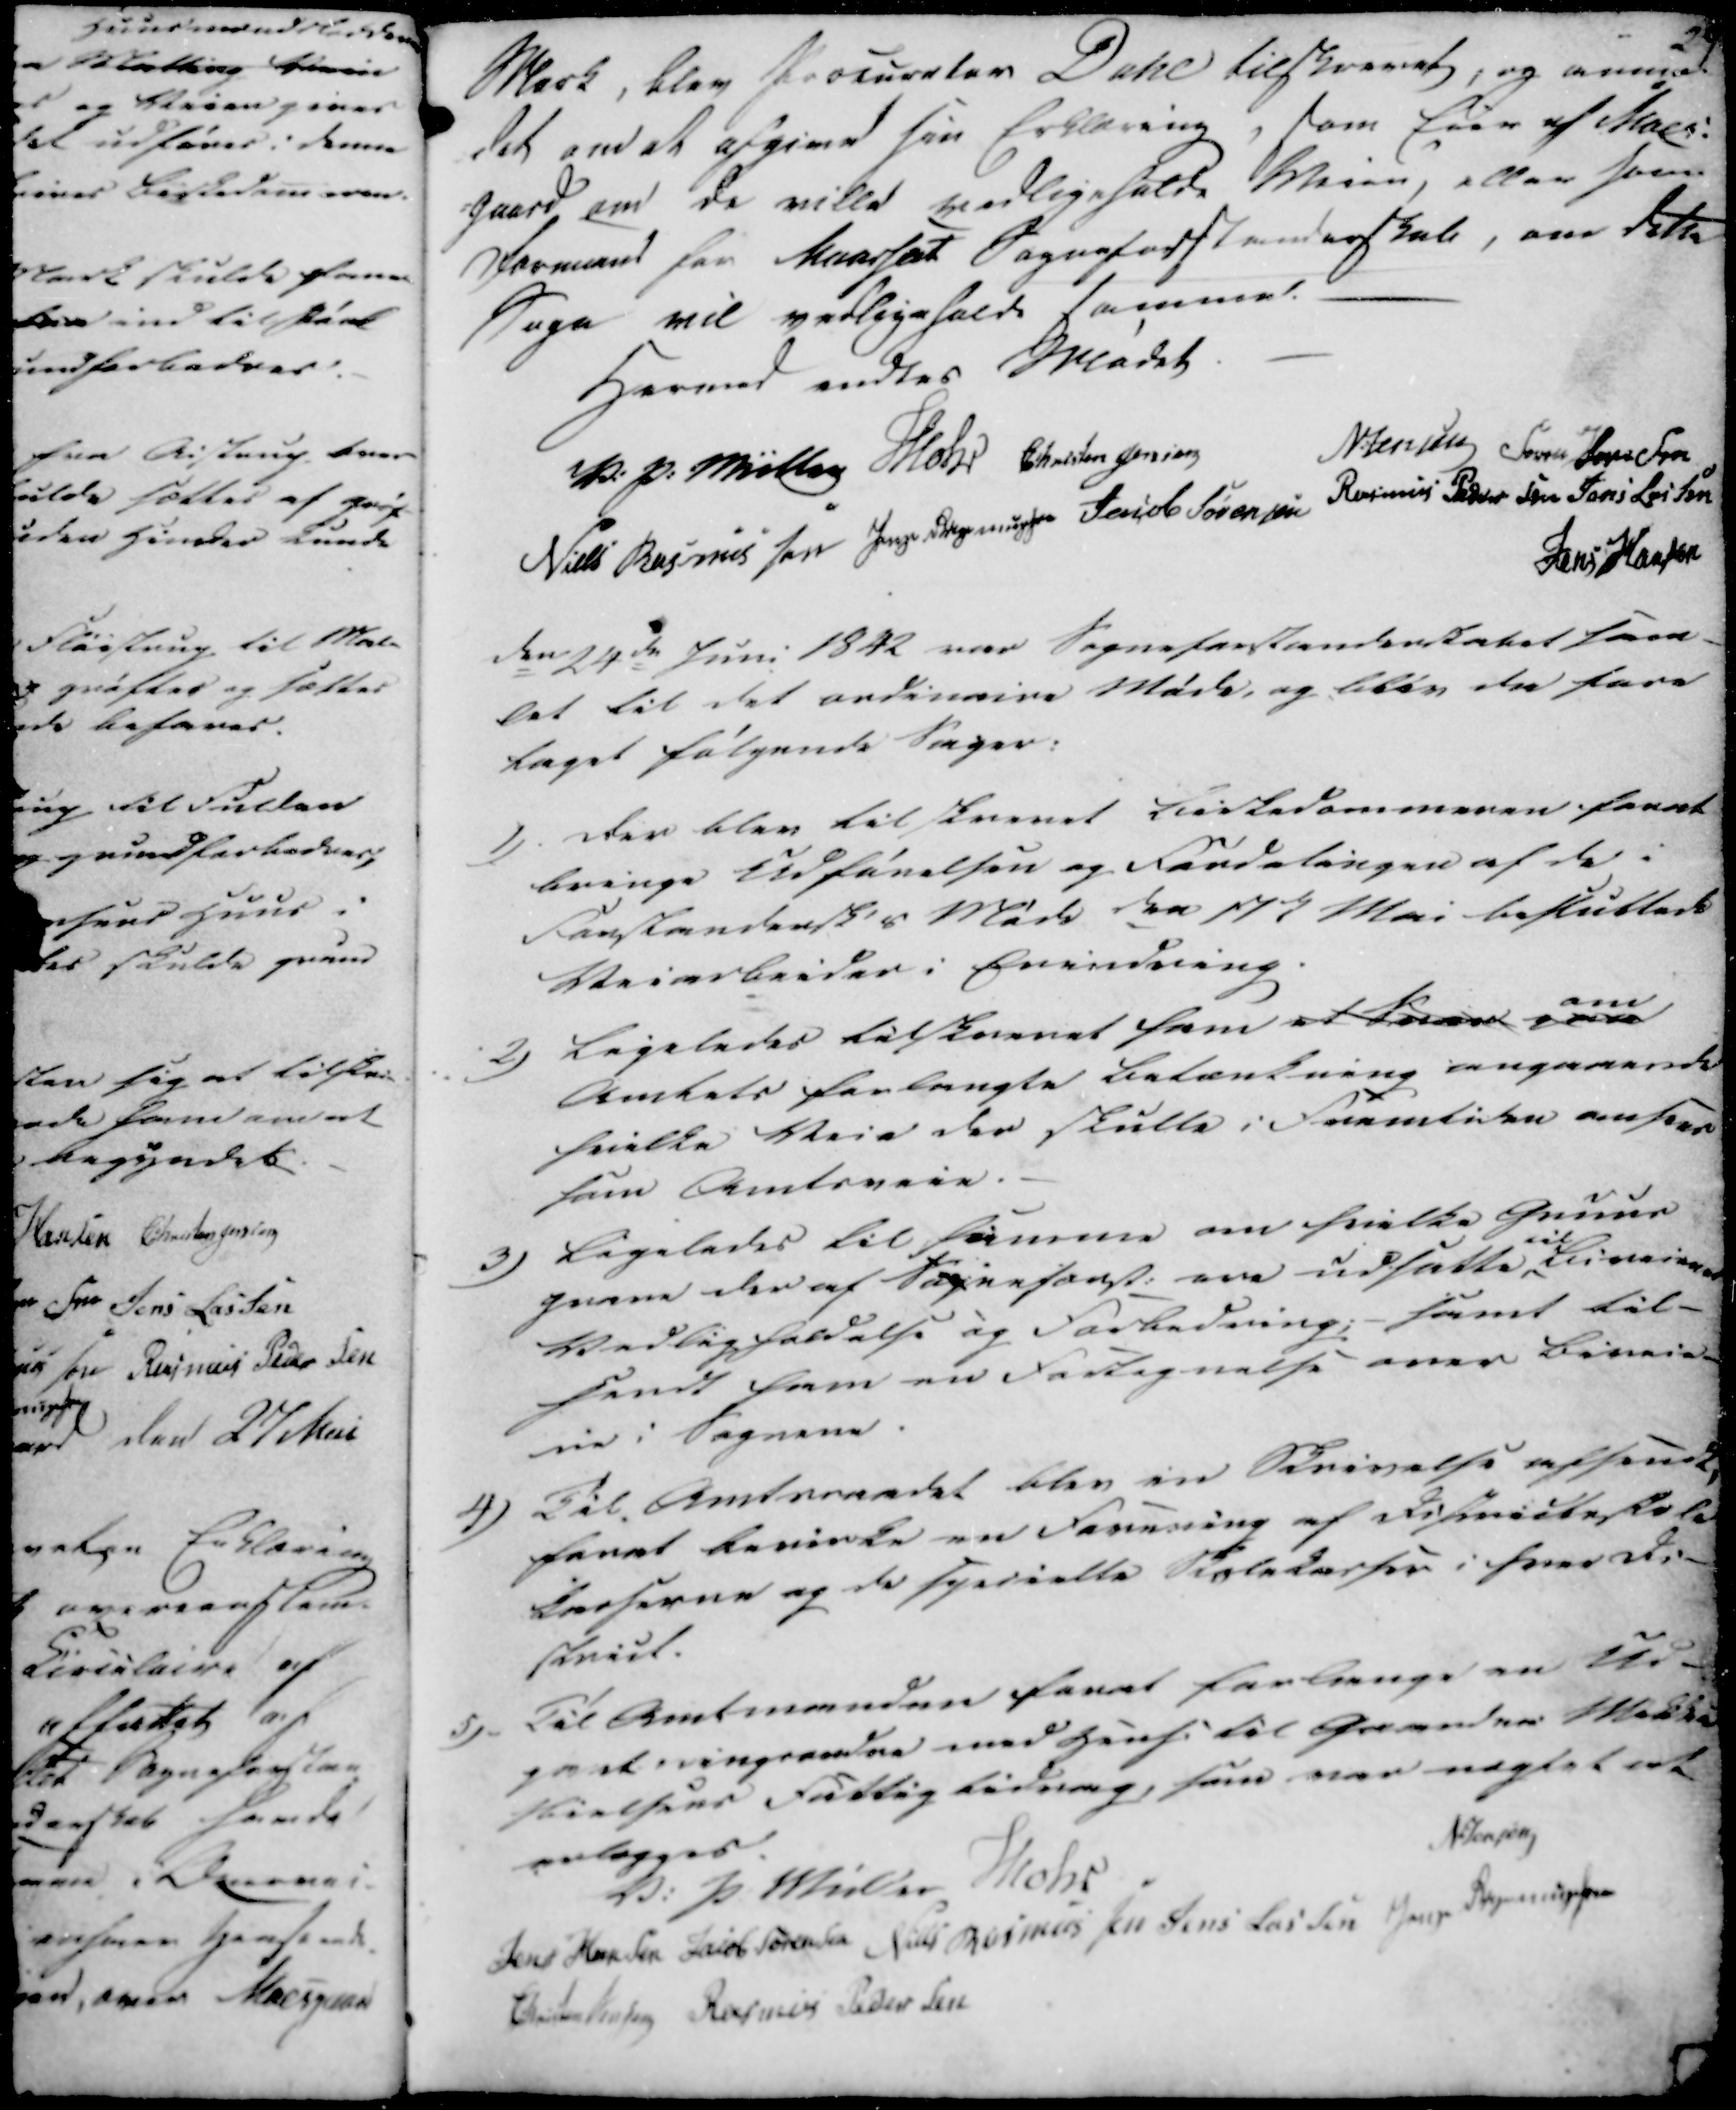
Transskription:
Mark, blev Procurator Dahl tilskrevet, og anmo-
det om at afgive sin Erklæring, som Eier af Moes-
gaard om de ville vedligeholde Veien, eller som 
formand for Maarslet Sogneforstanderskab, om dette
Sogn vil vedligeholde samme.
Hermed endtes Mødet.

V: P: Müller
Mohr
Christen Jensen
N:Jensen
Søren Hansen
Niels Rasmussen
Jens Rasmussen
Jacob Sørensen
Rasmus Pedersen
Jens Lassen
Jens Hansen

den 24de Juni 1842 var Sogneforstanderskabet sam-
let til det ordinaire Møde, og blev da fore
taget følgende Sager:

1)
Der blev tilskrevet Kirkedommeren forat
bringe Udførelsen af Fordelingen af de i
Forstandersk's Møde den 17de Mai besluttede
Veiarbeider i Erindring.

2)
Ligeledes tilskevet ham et Svar paa om
Amtets forlangte betænkning angaaende
hvilke Veie der skulle i Fremtiden anses
som Amtsveie.

3)
Ligeledes til samme om hvilke Gnuur
grene der af Sogneforst: ere udsatte til Biveienes
Vedligholdelse og Forbedring; samt til-
sendt ham en Fortegnelse over Biveie-
ne i Sognene.

4)
Til Amtsraadet blev en Skrivelse afsendt,
forat bevirke en Forening af Districtskole
teeserne og de specielle Skolekasser i hver Di-
strict.

5)
Til Amtmanden forat forlænge en Ud-
pantningsradne med Hens. til Gaarden Mikkel
Nielsens Fattig bidrag, som var nægtet at
anlægges.

V: P: Müller
Mohr
N:Jensen
Jens Hansen
Jacob Sørensen
Niels Rasmussen 
Jens Lassen
Jens Rasmussen
Christen Jensen
Rasmus Pedersen